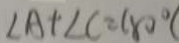
\angle A + \angle C = 1 8 0 ^ { \circ }